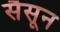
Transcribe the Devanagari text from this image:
सैसून